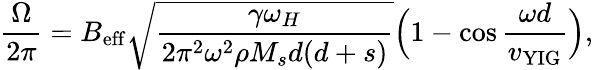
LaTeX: \frac{\Omega}{2\pi}=B_{\mathrm{eff}}\sqrt{\frac{\gamma\omega_{H}}{2\pi^{2}\omega^{2}\rho M_{s}d(d+s)}}\Big(1-\cos{\frac{\omega d}{v_{\mathrm{YIG}}}}\Big),